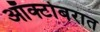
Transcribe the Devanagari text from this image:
ऑक्टोबरात